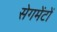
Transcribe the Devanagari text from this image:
सेगमेंटों